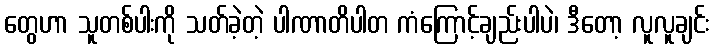
တွေဟာ သူတစ်ပါးကို သတ်ခဲ့တဲ့ ပါဏာတိပါတ ကံကြောင့်ချည်းပါပဲ၊ ဒီတော့ လူလူချင်း